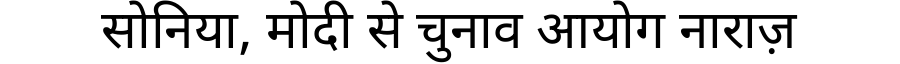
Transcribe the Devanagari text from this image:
सोनिया, मोदी से चुनाव आयोग नाराज़